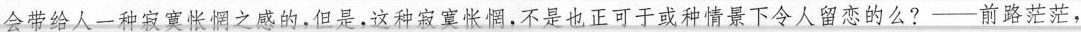
会带给人一种寂寞怅惘之感的，但是，这种寂寞怅惘，不是也正可于或种情景下令人留恋的么？——前路茫茫，